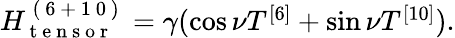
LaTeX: \begin{array}{r}{H_{\mathrm{~t~e~n~s~o~r~}}^{\mathrm{~(~6~+~1~0~)~}}=\gamma(\cos\nu T^{[6]}+\sin\nu T^{[10]}).}\end{array}